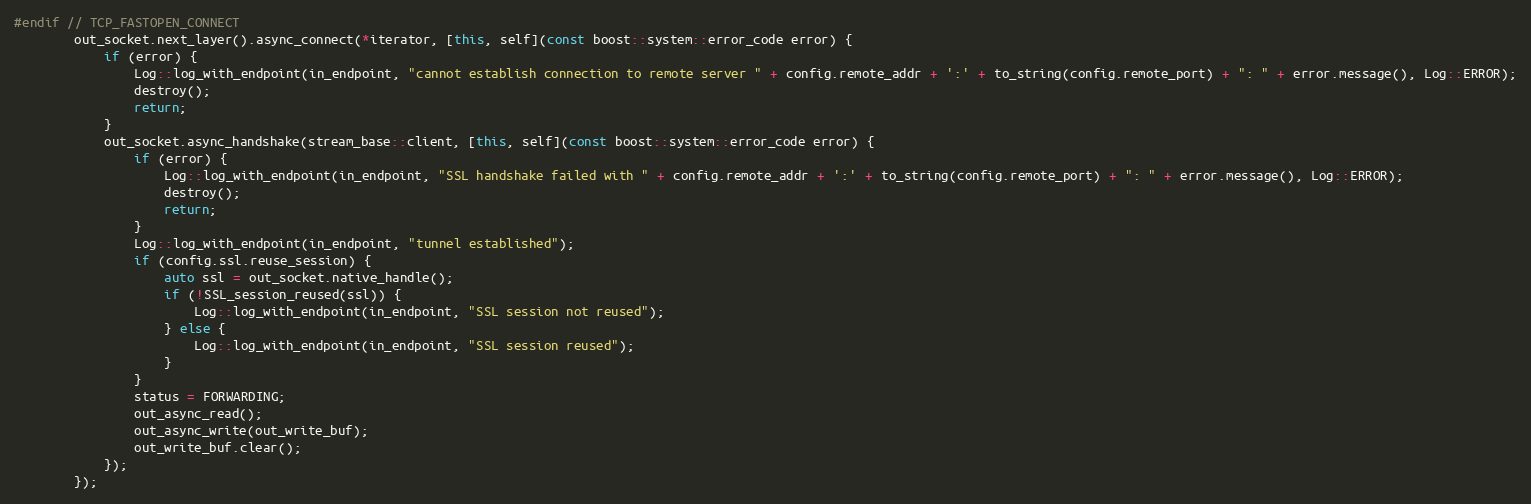
Language: C++
#endif // TCP_FASTOPEN_CONNECT
        out_socket.next_layer().async_connect(*iterator, [this, self](const boost::system::error_code error) {
            if (error) {
                Log::log_with_endpoint(in_endpoint, "cannot establish connection to remote server " + config.remote_addr + ':' + to_string(config.remote_port) + ": " + error.message(), Log::ERROR);
                destroy();
                return;
            }
            out_socket.async_handshake(stream_base::client, [this, self](const boost::system::error_code error) {
                if (error) {
                    Log::log_with_endpoint(in_endpoint, "SSL handshake failed with " + config.remote_addr + ':' + to_string(config.remote_port) + ": " + error.message(), Log::ERROR);
                    destroy();
                    return;
                }
                Log::log_with_endpoint(in_endpoint, "tunnel established");
                if (config.ssl.reuse_session) {
                    auto ssl = out_socket.native_handle();
                    if (!SSL_session_reused(ssl)) {
                        Log::log_with_endpoint(in_endpoint, "SSL session not reused");
                    } else {
                        Log::log_with_endpoint(in_endpoint, "SSL session reused");
                    }
                }
                status = FORWARDING;
                out_async_read();
                out_async_write(out_write_buf);
                out_write_buf.clear();
            });
        });